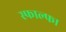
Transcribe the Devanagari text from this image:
स्फाल्फा